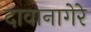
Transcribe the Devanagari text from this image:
दावानागेरे